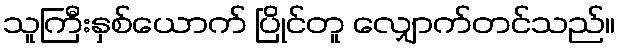
သူကြီးနှစ်ယောက် ပြိုင်တူ လျှောက်တင်သည်။